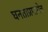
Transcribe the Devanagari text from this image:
घनताप्रमाणेच